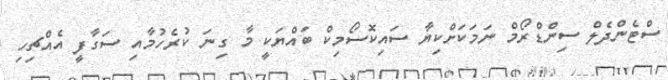
ސްޓެންދެލް ސިންޑްރޯމް ނަމަކަށްކިޔާ ސައިކޮސޯމިކް ބައްޔަކީ މާ ގިނަ ކުރެހުމާއި ސަގާފީ އެއްޗިހި